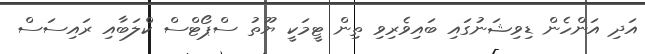
އަދި އަންހެން ޑިވިޝަނުގައި ބައިވެރިވި ތިން ޓީމަކީ ޔޫތު ސްޕޯޓްސް ކްލަބާއި ރައިސަސް